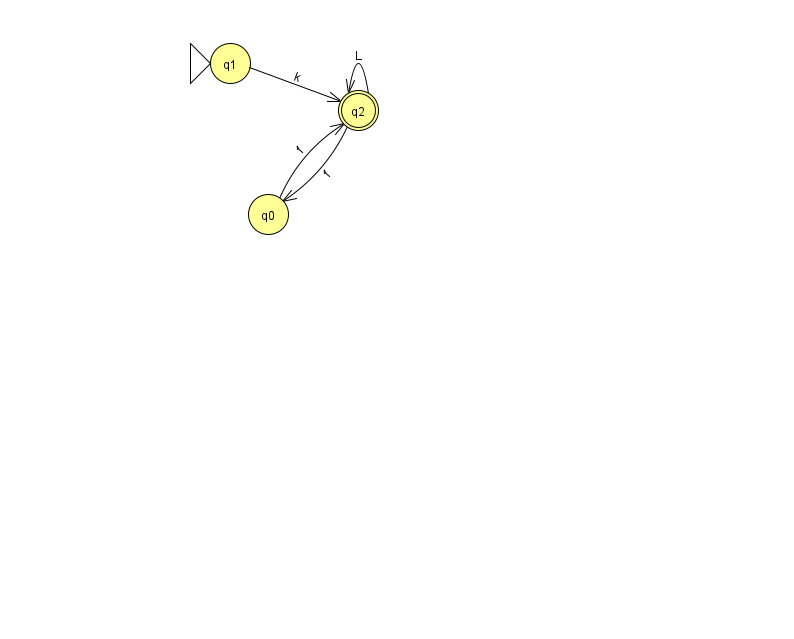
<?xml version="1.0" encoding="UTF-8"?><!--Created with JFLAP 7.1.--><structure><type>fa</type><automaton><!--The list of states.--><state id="0" name="q0"><x>268.0</x><y>201.0</y></state><state id="1" name="q1"><x>230.0</x><y>50.0</y><initial/></state><state id="2" name="q2"><x>358.0</x><y>97.0</y><final/></state><!--The list of transitions.--><transition><from>1</from><to>2</to><read>k</read></transition><transition><from>2</from><to>2</to><read>L</read></transition><transition><from>0</from><to>2</to><read>f</read></transition><transition><from>2</from><to>0</to><read>f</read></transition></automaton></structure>